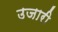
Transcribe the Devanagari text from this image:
उजारी